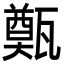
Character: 㽀